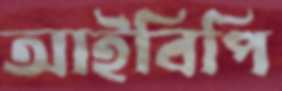
আইবিপি